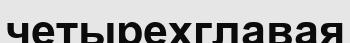
четырехглавая